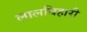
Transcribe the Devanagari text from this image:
लालबिहारी